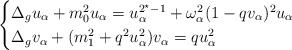
\begin{align*}\begin{cases}\Delta_g u_\alpha+m_0^2 u_\alpha=u_\alpha^{2^\star-1}+\omega_\alpha^2(1-qv_\alpha)^2 u_\alpha\\\Delta_g v_\alpha +(m_1^2+q^2u_\alpha^2) v_\alpha = q u_\alpha^2\end{cases}\end{align*}